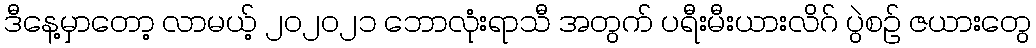
ဒီနေ့မှာတော့ လာမယ့် ၂၀၂၀၂၁ ဘောလုံးရာသီ အတွက် ပရီးမီးယားလိဂ် ပွဲစဉ် ဇယားတွေ